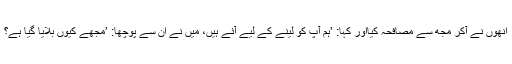
انھوں نے آکر مجھ سے مصافحہ کیااور کہا: ’ہم آپ کو لینے کے لیے آئے ہیں، میں نے ان سے پوچھا: ’مجھے کیوں بلایا گیا ہے؟